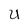
Character: U